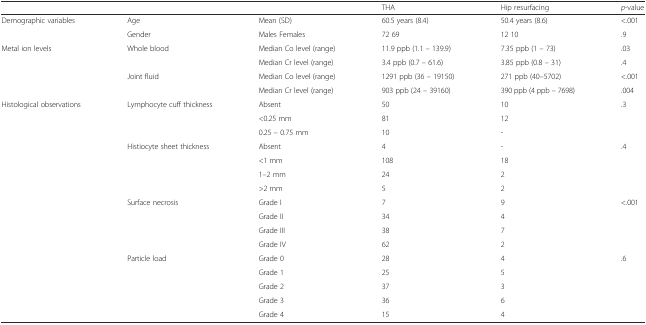
<table><thead><tr><td></td><td></td><td></td><td><b>THA</b></td><td><b>Hip resurfacing</b></td><td><b><i>p</i>-value</b></td></tr></thead><tbody><tr><td>Demographic variables</td><td>Age</td><td>Mean (SD)</td><td>60.5 years (8.4)</td><td>50.4 years (8.6)</td><td>&lt;.001</td></tr><tr><td></td><td>Gender</td><td>Males Females</td><td>72 69</td><td>12 10</td><td>.9</td></tr><tr><td rowspan="2">Metal ion levels</td><td>Whole blood</td><td>Median Co level (range)</td><td>11.9 ppb (1.1 – 139.9)</td><td>7.35 ppb (1 – 73)</td><td>.03</td></tr><tr><td></td><td>Median Cr level (range)</td><td>3.4 ppb (0.7 – 61.6)</td><td>3.85 ppb (0.8 – 31)</td><td>.4</td></tr><tr><td rowspan="2"></td><td>Joint fluid</td><td>Median Co level (range)</td><td>1291 ppb (36 – 19150)</td><td>271 ppb (40–5702)</td><td>&lt;.001</td></tr><tr><td></td><td>Median Cr level (range)</td><td>903 ppb (24 – 39160)</td><td>390 ppb (4 ppb – 7698)</td><td>.004</td></tr><tr><td>Histological observations</td><td rowspan="3">Lymphocyte cuff thickness</td><td>Absent</td><td>50</td><td>10</td><td>.3</td></tr><tr><td></td><td>&lt;0.25 mm</td><td>81</td><td>12</td><td></td></tr><tr><td></td><td>0.25 – 0.75 mm</td><td>10</td><td>-</td><td></td></tr><tr><td></td><td rowspan="4">Histiocyte sheet thickness</td><td>Absent</td><td>4</td><td>-</td><td rowspan="4">.4</td></tr><tr><td></td><td>&lt;1 mm</td><td>108</td><td>18</td></tr><tr><td></td><td>1–2 mm</td><td>24</td><td>2</td></tr><tr><td></td><td>&gt;2 mm</td><td>5</td><td>2</td></tr><tr><td></td><td rowspan="4">Surface necrosis</td><td>Grade I</td><td>7</td><td>9</td><td rowspan="4">&lt;.001</td></tr><tr><td></td><td>Grade II</td><td>34</td><td>4</td></tr><tr><td></td><td>Grade III</td><td>38</td><td>7</td></tr><tr><td></td><td>Grade IV</td><td>62</td><td>2</td></tr><tr><td></td><td rowspan="5">Particle load</td><td>Grade 0</td><td>28</td><td>4</td><td rowspan="5">.6</td></tr><tr><td></td><td>Grade 1</td><td>25</td><td>5</td></tr><tr><td></td><td>Grade 2</td><td>37</td><td>3</td></tr><tr><td></td><td>Grade 3</td><td>36</td><td>6</td></tr><tr><td></td><td>Grade 4</td><td>15</td><td>4</td></tr></tbody></table>